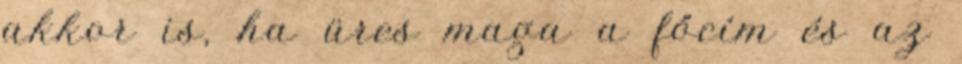
akkor is, ha üres maga a főcím és az